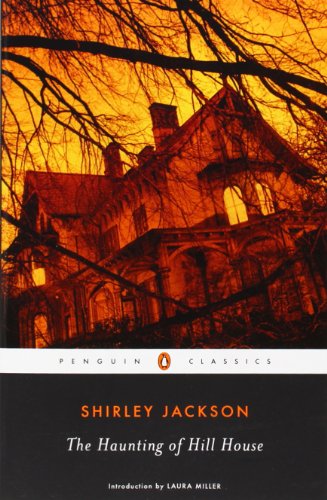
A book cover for The Haunting of Hill House (Penguin Classics); Shirley Jackson; Mystery, Thriller & Suspense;